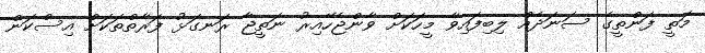
މަތީ ފަންތީގެ ސަނަދެއް ލިބިފައިވާ މީހަކަށް ވާންޖެހޭއިރު ނަތީޖާ ރަނގަޅު ފަރާތްތަކަށް އިސްކަން